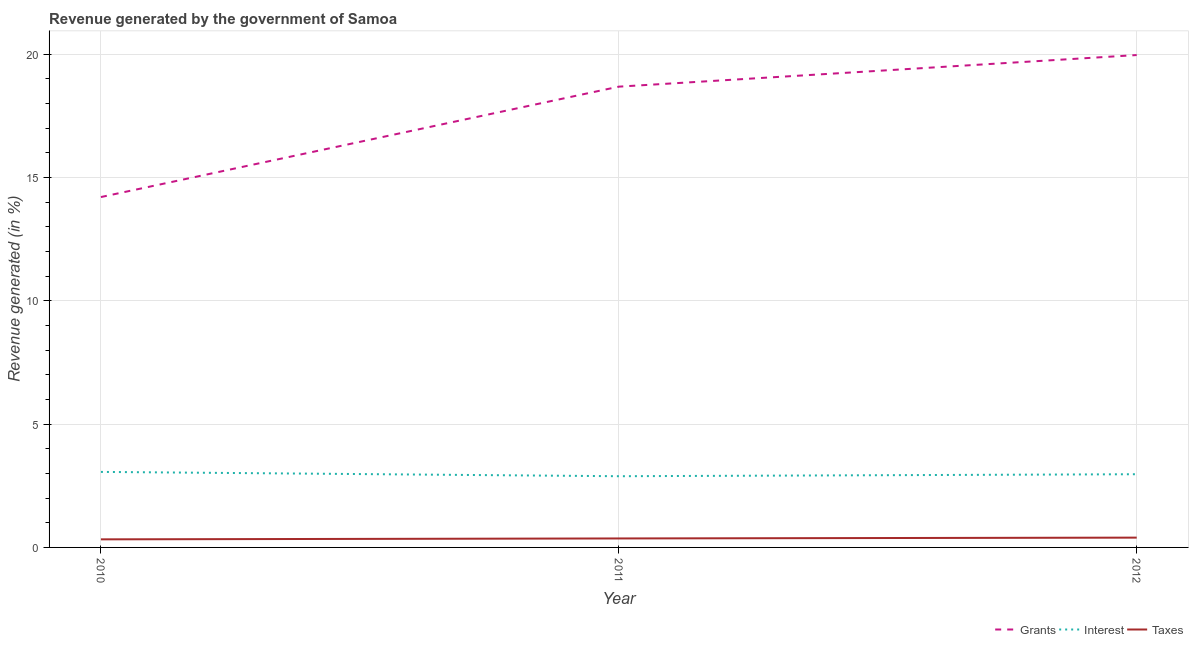
| Year | Grants | Interest | Taxes |
 | --- | --- | --- | --- |
 | 2010 | 14.2 | 3.06 | 0.327 |
 | 2011 | 18.7 | 2.89 | 0.364 |
 | 2012 | 20 | 2.97 | 0.397 |